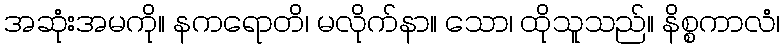
အဆုံးအမကို။ နကရောတိ၊ မလိုက်နာ။ သော၊ ထိုသူသည်။ နိစ္စကာလံ၊